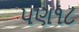
પણ૧૮